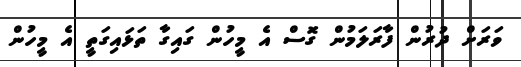
ވަރަށް ދުރުން ފާރަލަމުން ގޮަަސް އެ މީހުން ގައިގާ ތަޅައިގަތީ އެ މީހުން